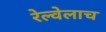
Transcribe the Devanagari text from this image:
रेल्वेलाच